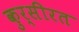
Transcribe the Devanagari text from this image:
कुर्सीरत